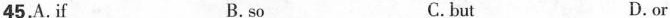
45.A.If B. so C.but D.or